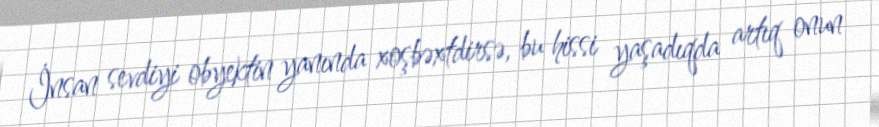
İnsan sevdiyi obyektin yanında xoşbəxtdirsə, bu hissi yaşadıqda artıq onun